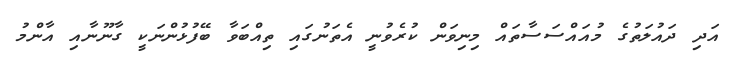
އަދި ދައުލަތުގެ މުއައްސަސާތައް މިނިވަން ކުރެވުނީ އެތަނުގައި ތިއްބަވާ ބޭފުޅުންނަކީ ގާނޫނާއި އާންމު